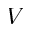
V